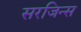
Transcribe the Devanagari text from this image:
सरजिन्स